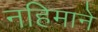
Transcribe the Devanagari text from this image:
नहिमाने